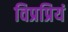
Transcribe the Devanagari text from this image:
विप्रप्रियं